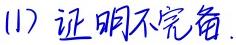
(1) 证明不完备.